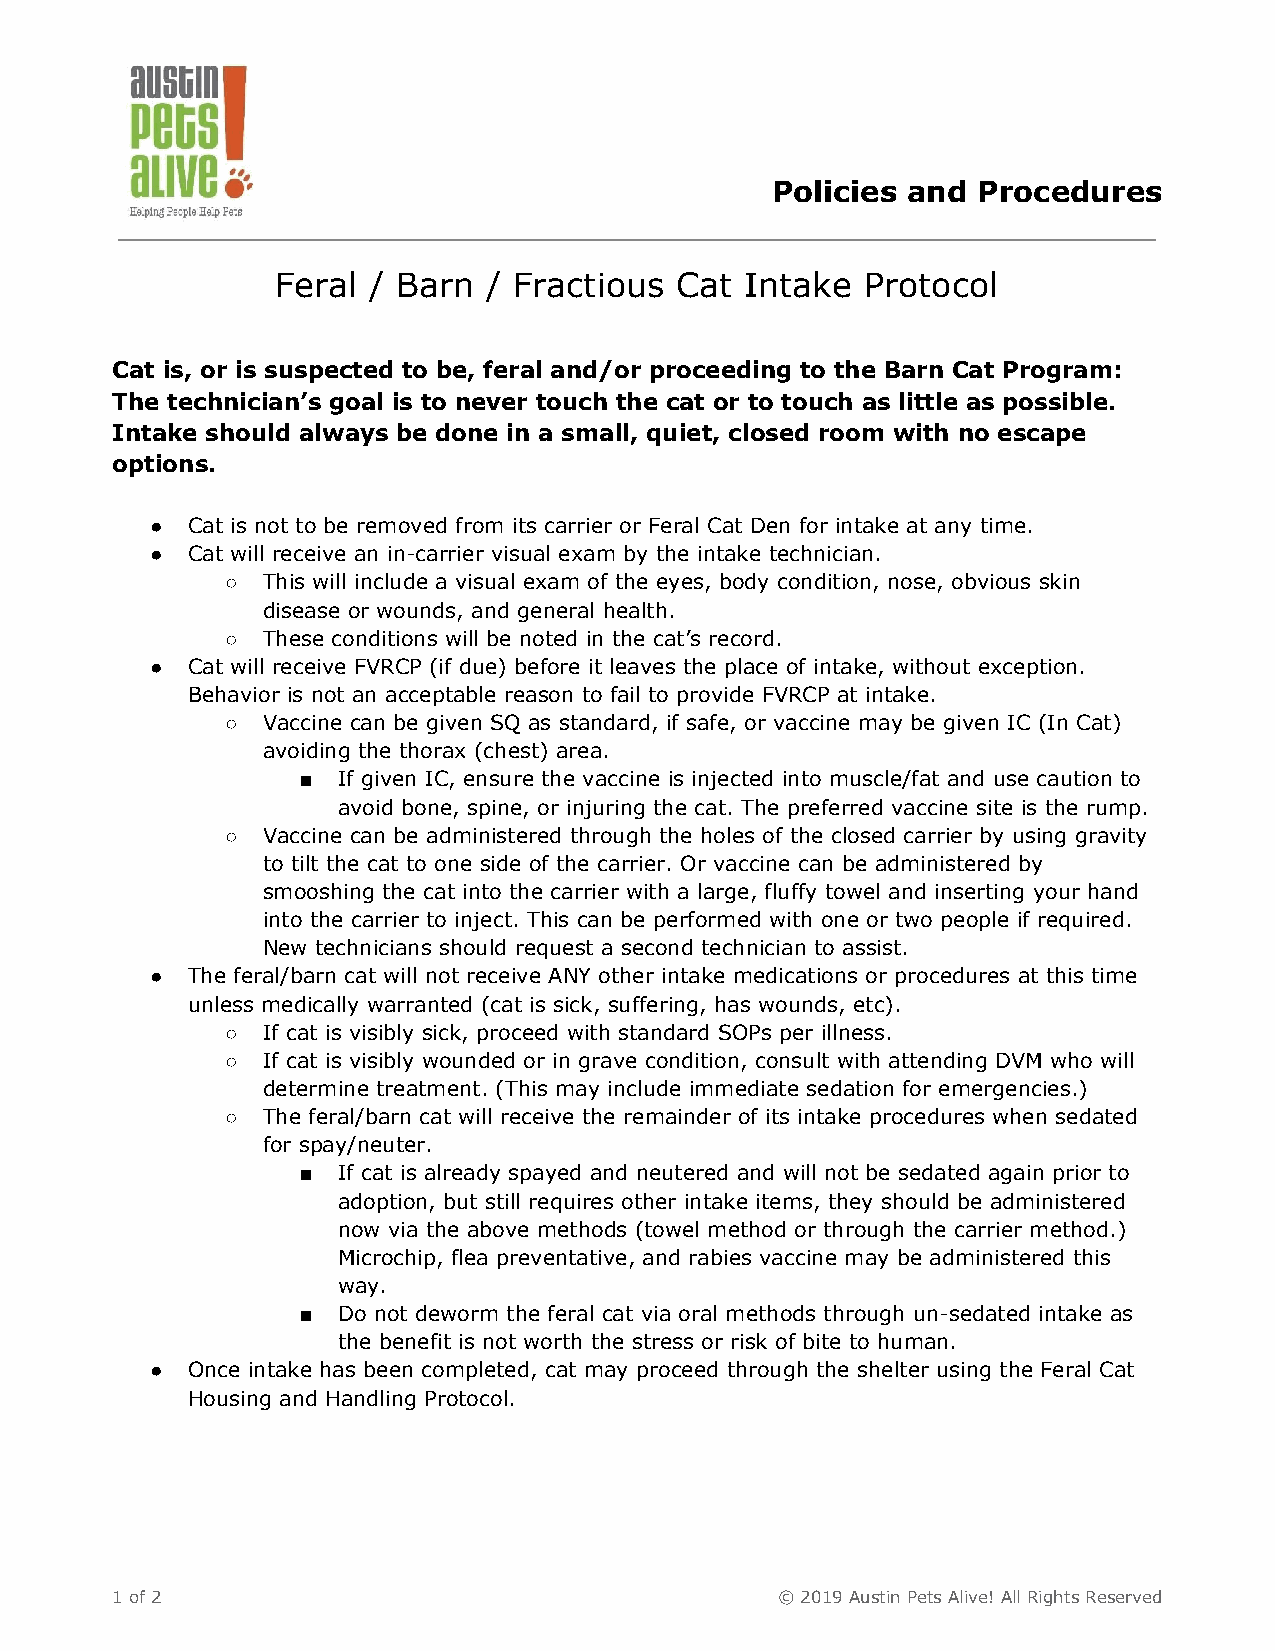
Policies and  Procedures
 Feral / Barn  / Fractious  Cat Intake  Protocol
 Cat is, or is suspected to be, feral and/or proceeding to the Barn Cat Program:
 The technician’s goal is to never touch the cat or to touch as little as possible.
 Intake should always be done in a small, quiet, closed room with no escape
 options.
 ● Cat is not to be removed from its carrier or Feral Cat Den for intake at any time.
 ● Cat will receive an in-carrier visual exam by the intake technician.
 ○ This will include a visual exam of the eyes, body condition, nose, obvious skin
 disease or wounds, and general health.
 ○ These conditions will be noted in the cat’s record.
 ● Cat will receive FVRCP (if due) before it leaves the place of intake, without exception.
 Behavior is not an acceptable reason to fail to provide FVRCP at intake.
 ○ Vaccine can be given SQ as standard, if safe, or vaccine may be given IC (In Cat)
 avoiding the thorax (chest) area.
 ■ If given IC, ensure the vaccine is injected into muscle/fat and use caution to
 avoid bone, spine, or injuring the cat. The preferred vaccine site is the rump.
 ○ Vaccine can be administered through the holes of the closed carrier by using gravity
 to tilt the cat to one side of the carrier. Or vaccine can be administered by
 smooshing the cat into the carrier with a large, fluffy towel and inserting your hand
 into the carrier to inject. This can be performed with one or two people if required.
 New technicians should request a second technician to assist.
 ● The feral/barn cat will not receive ANY other intake medications or procedures at this time
 unless medically warranted (cat is sick, suffering, has wounds, etc).
 ○ If cat is visibly sick, proceed with standard SOPs per illness.
 ○ If cat is visibly wounded or in grave condition, consult with attending DVM who will
 determine treatment. (This may include immediate sedation for emergencies.)
 ○ The feral/barn cat will receive the remainder of its intake procedures when sedated
 for spay/neuter.
 ■ If cat is already spayed and neutered and will not be sedated again prior to
 adoption, but still requires other intake items, they should be administered
 now via the above methods (towel method or through the carrier method.)
 Microchip, flea preventative, and rabies vaccine may be administered this
 way.
 ■ Do not deworm the feral cat via oral methods through un-sedated intake as
 the benefit is not worth the stress or risk of bite to human.
 ● Once intake has been completed, cat may proceed through the shelter using the Feral Cat
 Housing and Handling Protocol.
 1 of 2                                       © 2019 Austin Pets Alive! All Rights Reserved